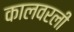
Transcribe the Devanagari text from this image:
कालवरली